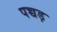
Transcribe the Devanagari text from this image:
पच्चड़